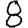
Digit: 8